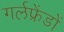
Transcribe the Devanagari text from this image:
गर्लफ्रेंडों